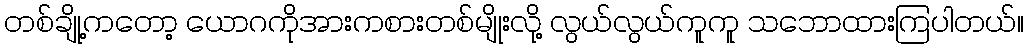
တစ်ချို့ကတော့ ယောဂကိုအားကစားတစ်မျိုးလို့ လွယ်လွယ်ကူကူ သဘောထားကြပါတယ်။